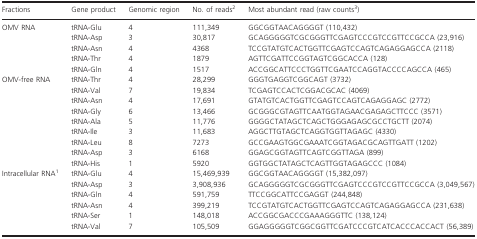
<table><thead><tr><td><b>Fractions</b></td><td><b>Gene product</b></td><td><b>Genomic region</b></td><td><b>No. of reads2</b></td><td><b>Most abundant read (raw counts3)</b></td></tr></thead><tbody><tr><td rowspan="5">OMV RNA</td><td>tRNA-Glu</td><td>4</td><td>111,349</td><td>GGCGGTAACAGGGGT (110,432)</td></tr><tr><td>tRNA-Asp</td><td>3</td><td>30,817</td><td>GCAGGGGGTCGCGGGTTCGAGTCCCGTCCGTTCCGCCA (23,916)</td></tr><tr><td>tRNA-Asn</td><td>4</td><td>4368</td><td>TCCGTATGTCACTGGTTCGAGTCCAGTCAGAGGAGCCA (2118)</td></tr><tr><td>tRNA-Thr</td><td>4</td><td>1879</td><td>AGTTCGATTCCGGTAGTCGGCACCA (128)</td></tr><tr><td>tRNA-Gln</td><td>4</td><td>1517</td><td>ACCGGCATTCCCTGGTTCGAATCCAGGTACCCCAGCCA (465)</td></tr><tr><td rowspan="9">OMV-free RNA</td><td>tRNA-Thr</td><td>4</td><td>28,299</td><td>GGGTGAGGTCGGCAGT (3732)</td></tr><tr><td>tRNA-Val</td><td>7</td><td>19,834</td><td>TCGAGTCCACTCGGACGCAC (4069)</td></tr><tr><td>tRNA-Asn</td><td>4</td><td>17,691</td><td>GTATGTCACTGGTTCGAGTCCAGTCAGAGGAGC (2772)</td></tr><tr><td>tRNA-Gly</td><td>6</td><td>13,466</td><td>GCGGGCGTAGTTCAATGGTAGAACGAGAGCTTCCC (3571)</td></tr><tr><td>tRNA-Ala</td><td>5</td><td>11,776</td><td>GGGGCTATAGCTCAGCTGGGAGAGCGCCTGCTT (2074)</td></tr><tr><td>tRNA-Ile</td><td>3</td><td>11,683</td><td>AGGCTTGTAGCTCAGGTGGTTAGAGC (4330)</td></tr><tr><td>tRNA-Leu</td><td>8</td><td>7273</td><td>GCCGAAGTGGCGAAATCGGTAGACGCAGTTGATT (1202)</td></tr><tr><td>tRNA-Asp</td><td>3</td><td>6168</td><td>GGAGCGGTAGTTCAGTCGGTTAGA (899)</td></tr><tr><td>tRNA-His</td><td>1</td><td>5920</td><td>GGTGGCTATAGCTCAGTTGGTAGAGCCC (1084)</td></tr><tr><td rowspan="6">Intracellular RNA1</td><td>tRNA-Glu</td><td>4</td><td>15,469,939</td><td>GGCGGTAACAGGGGT (15,382,097)</td></tr><tr><td>tRNA-Asp</td><td>3</td><td>3,908,936</td><td>GCAGGGGGTCGCGGGTTCGAGTCCCGTCCGTTCCGCCA (3,049,567)</td></tr><tr><td>tRNA-Gln</td><td>4</td><td>591,759</td><td>TTCCGGCATTCCGAGGT (244,848)</td></tr><tr><td>tRNA-Asn</td><td>4</td><td>399,219</td><td>TCCGTATGTCACTGGTTCGAGTCCAGTCAGAGGAGCCA (231,638)</td></tr><tr><td>tRNA-Ser</td><td>1</td><td>148,018</td><td>ACCGGCGACCCGAAAGGGTTC (138,124)</td></tr><tr><td>tRNA-Val</td><td>7</td><td>105,509</td><td>GGAGGGGGTCGGCGGTTCGATCCCGTCATCACCCACCACT (56,389)</td></tr></tbody></table>